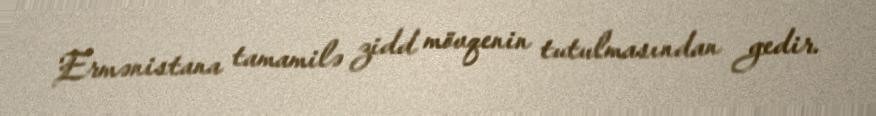
Ermənistana tamamilə zidd mövqenin tutulmasından gedir.